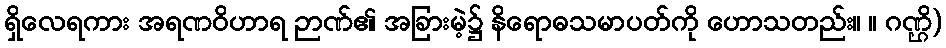
ရှိလေရကား အရဏဝိဟာရ ဉာဏ်၏ အခြားမဲ့၌ နိရောဓသမာပတ်ကို ဟောသတည်း။ ။ ဂဏ္ဌိ)